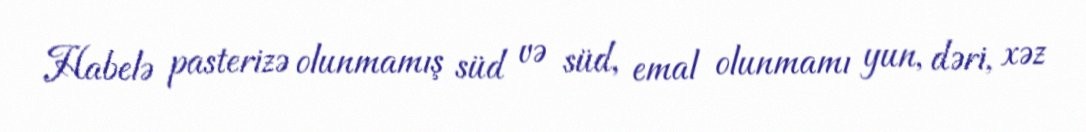
Habelə pasterizə olunmamış süd və süd, emal olunmamı yun, dəri, xəz